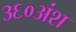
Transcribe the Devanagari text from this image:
३६०अंश